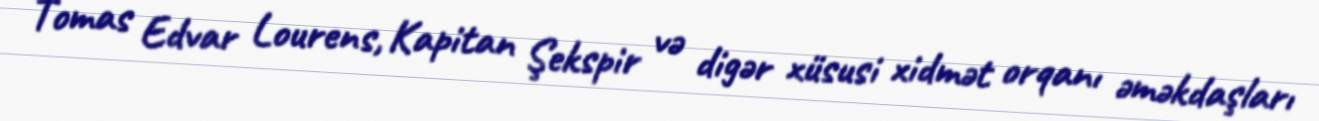
Tomas Edvar Lourens, Kapitan Şekspir və digər xüsusi xidmət orqanı əməkdaşları